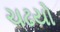
ચઢયો